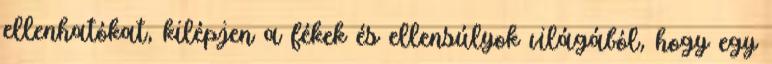
ellenhatókat, kilépjen a fékek és ellensúlyok világából, hogy egy